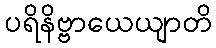
ပရိနိဗ္ဗာယေယျာတိ